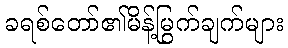
ခရစ်တော်၏မိန့်မြွက်ချက်များ